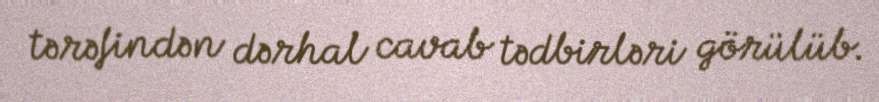
tərəfindən dərhal cavab tədbirləri görülüb.